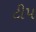
ટીપ